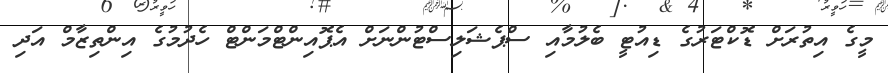
މީގެ އިތުރަށް ޑޮކްޓަރުގެ ޑިއުޓީ ބެލުމާއި ސްޕެޝަލިސްޓުންނަށް އެޕޮއިންޓްމަންޓް ހެދުމުގެ އިންތިޒާމް އަދި